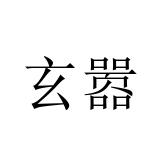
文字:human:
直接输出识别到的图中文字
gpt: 玄嚣